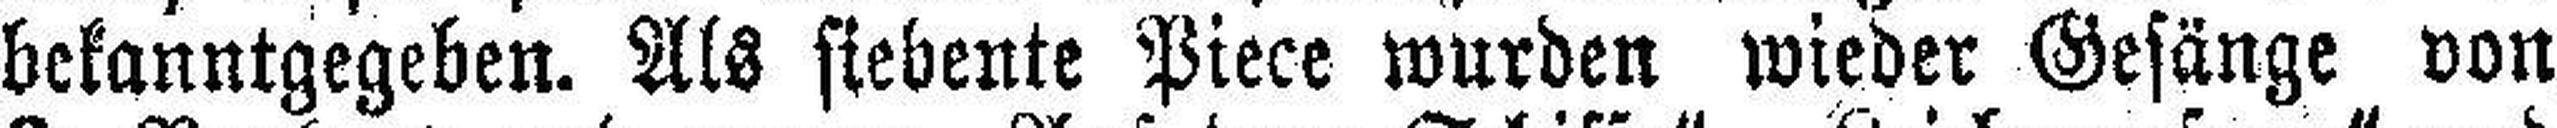
bekanntgegeben. Als siebente Piece wurden wieder Gesänge von